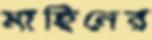
মাহিনের